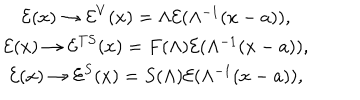
LaTeX: \begin{array} { c } { { \mathcal { E } ( x ) \rightarrow \mathcal { E } ^ { V } ( x ) = \Lambda \mathcal { E } ( \Lambda ^ { - 1 } ( x - a ) ) , } } \\ { { \mathcal { E } ( x ) \rightarrow \mathcal { E } ^ { T S } ( x ) = F ( \Lambda ) \mathcal { E } ( \Lambda ^ { - 1 } ( x - a ) ) , } } \\ { { \mathcal { E } ( x ) \rightarrow \mathcal { E } ^ { S } ( x ) = S ( \Lambda ) \mathcal { E } ( \Lambda ^ { - 1 } ( x - a ) ) , } } \\ \end{array}